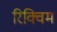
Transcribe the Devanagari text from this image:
रिक्विम